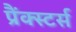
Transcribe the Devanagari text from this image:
प्रैंक्स्टर्स